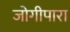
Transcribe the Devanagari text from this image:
जोगीपारा